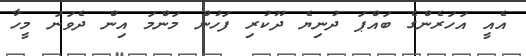
އެއީ އަހަރެންގެ ބައްޕަ ދުނިޔެ ދޫކުރި ފަހުން މަންމަ އިން ދެވަނަ މީހާ